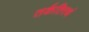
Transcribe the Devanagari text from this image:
तर्कतिरथं